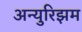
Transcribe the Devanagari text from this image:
अन्युरिझम